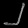
Digit: ၂